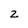
Character: 2